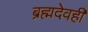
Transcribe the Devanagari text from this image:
ब्रह्मदेवही